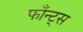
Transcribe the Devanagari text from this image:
फाँन्‍ट्‌स